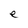
Character: e